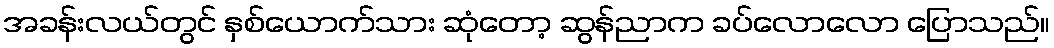
အခန်းလယ်တွင် နှစ်ယောက်သား ဆုံတော့ ဆွန်ညာက ခပ်လောလော ပြောသည်။